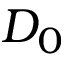
D _ { 0 }